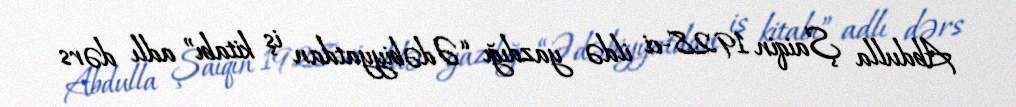
Abdulla Şaiqin 1928-ci ildə yazdığı “Ədəbiyyatdan iş kitabı” adlı dərs